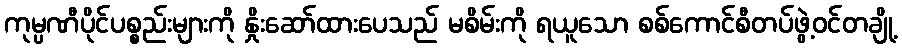
ကုမ္ပဏီပိုင်ပစ္စည်းများကို နှိုးဆော်ထားပေသည် မစိမ်းကို ရယူသော စစ်ကောင်စီတပ်ဖွဲ့ဝင်တချို့